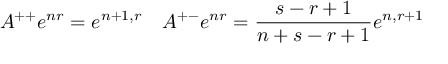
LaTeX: A ^ { + + } e ^ { n r } = e ^ { n + 1 , r } \quad A ^ { + - } e ^ { n r } = \frac { s - r + 1 } { n + s - r + 1 } e ^ { n , r + 1 }